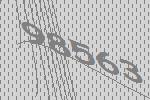
98563